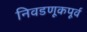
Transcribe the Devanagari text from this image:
निवडणूकपूर्व